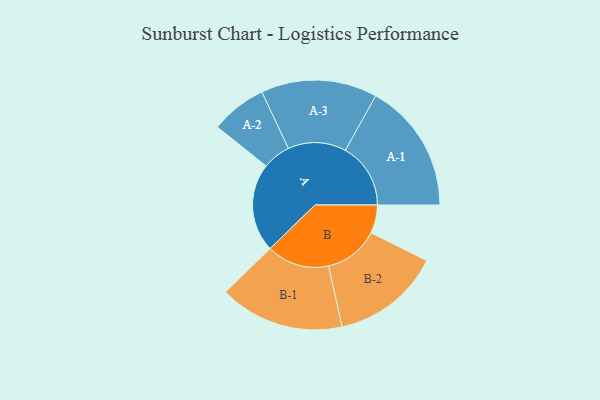
{"axis": {"x": "Segment", "y": "Value"}, "legend": ["", "A", "B"], "data": [{"x": "A", "y": 357, "type": ""}, {"x": "B", "y": 114, "type": ""}, {"x": "A-1", "y": 263, "type": "A"}, {"x": "A-2", "y": 113, "type": "A"}, {"x": "A-3", "y": 234, "type": "A"}, {"x": "B-1", "y": 252, "type": "B"}, {"x": "B-2", "y": 220, "type": "B"}]}